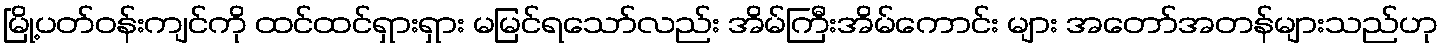
မြို့ပတ်ဝန်းကျင်ကို ထင်ထင်ရှားရှား မမြင်ရသော်လည်း အိမ်ကြီးအိမ်ကောင်း များ အတော်အတန်များသည်ဟု